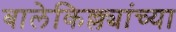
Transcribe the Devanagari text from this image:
बालेकिल्ल्यांच्या